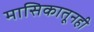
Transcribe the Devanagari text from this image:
मासिकातूनही